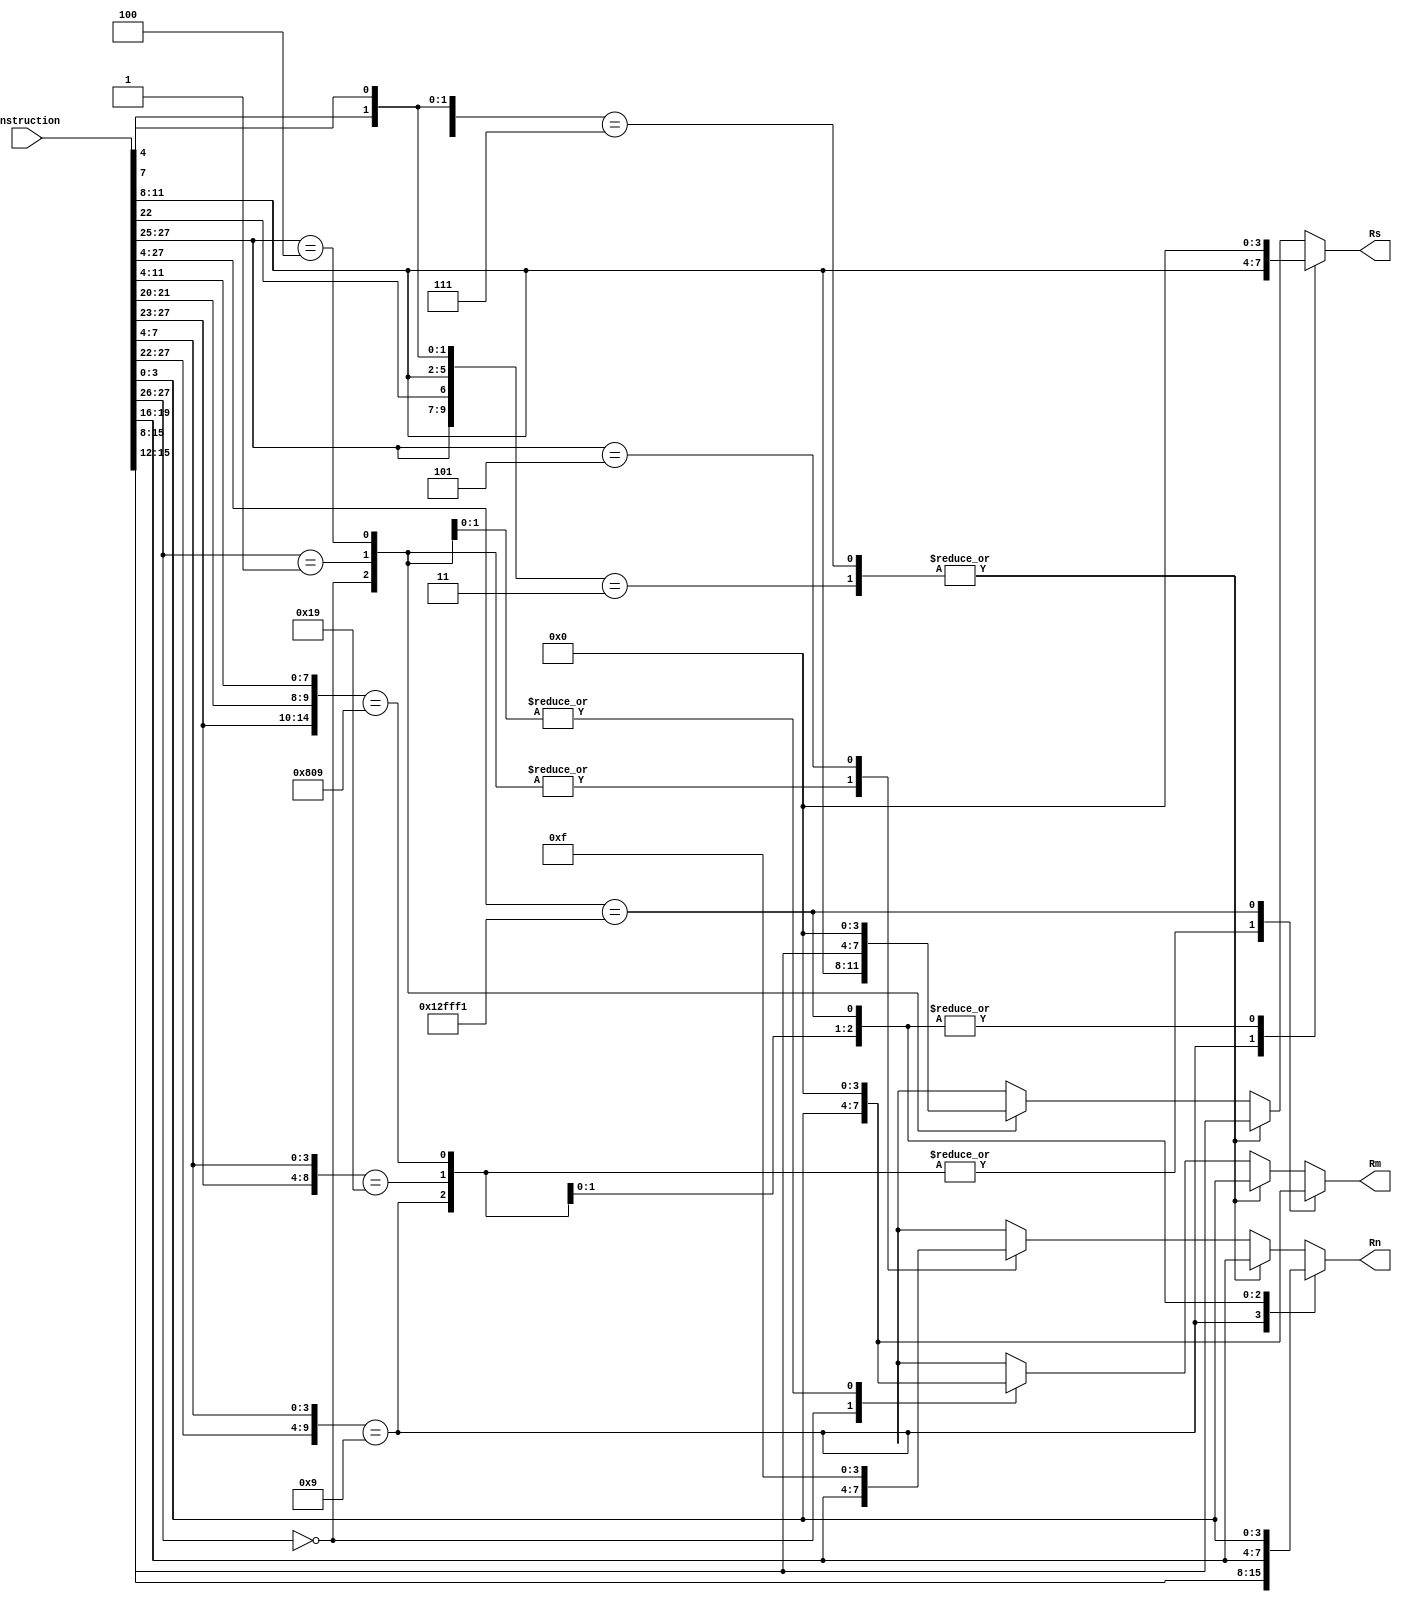
module register_addressing(
  input wire [27:0] instruction,
  output reg [3:0] Rn, Rm, Rs
);
always@(*)
  casex(instruction[27:4])
    24'b000000XXXXXXXXXXXXXX1001: begin //multiply
      Rn = instruction[15:12];
      Rm = instruction[3:0];
      Rs = instruction[11:8];
      end
    24'b00001XXXXXXXXXXXXXXX1001: begin //multiply long
      Rn = instruction[11:8];
      Rm = instruction[3:0];
      Rs = 4'b0000;
      end
    24'b00010X00XXXXXXXX00001001: begin //single data swap
      Rn = instruction[19:16];
      Rm = instruction[3:0];
      Rs = 4'b0000;
      end
    24'b000100101111111111110001: begin //branch and exchange
      Rn = instruction[3:0];
      Rm = 4'b0000;
      Rs = 4'b0000;
      end
    24'b000XX0XXXXXXXXXX00001XX1: begin //halfword data transfer- register offset
      Rn = instruction[19:16];
      Rm = instruction[3:0];
      Rs = instruction[15:12];
      end
    24'b000XX1XXXXXXXXXXXXXX1XX1: begin //halfword data transfer- immediate offset
      Rn = instruction[19:16];
      Rm = instruction[3:0];
      Rs = instruction[15:12];
      end
    24'b00XXXXXXXXXXXXXXXXXXXXXX: begin //data processing/PSR xfer
      Rn = instruction[19:16];
      Rm = instruction[3:0];
      Rs = instruction[11:8]; //needed as a shift amount for barrel shifter
      end
    24'b01XXXXXXXXXXXXXXXXXXXXXX: begin //single data xfer (LDR/STR)
      Rn = instruction[19:16]; //base register
      Rm = 4'b0000; 
      Rs = instruction[15:12]; //source or destination
      end
    24'b011XXXXXXXXXXXXXXXXXXXX1: begin //undefined
      Rn = 4'b0000;
      Rm = 4'b0000;
      Rs = 4'b0000;
      end
    24'b100XXXXXXXXXXXXXXXXXXXXX: begin //block data xfer
      Rn = instruction[19:16];
      Rm = 4'b0000;
      Rs = 4'b0000;
      end
    24'b101XXXXXXXXXXXXXXXXXXXXX: begin //branch
      Rn = 4'b1111; //need old PC
      Rm = 4'bXXXX;
      Rs = 4'bXXXX;
      end
    24'b1111XXXXXXXXXXXXXXXXXXXX: begin //software interrupt
      Rn = 4'bXXXX;
      Rm = 4'bXXXX;
      Rs = 4'bXXXX;
      end
    default: begin
      Rn = 4'bXXXX;
      Rm = 4'bXXXX;
      Rs = 4'bXXXX;
      end
  endcase

endmodule